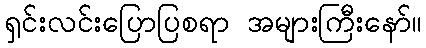
ရှင်းလင်းပြောပြစရာ အများကြီးနော်။